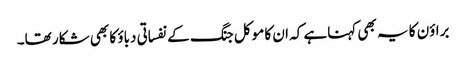
براؤن کا یہ بھی کہناہے کہ ان کا موکل جنگ کے نفساتی دباؤ کا بھی شکار تھا۔